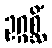
ဥဂ္ဂစ္ဆိံ